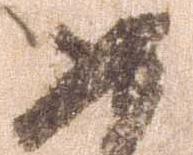
如